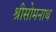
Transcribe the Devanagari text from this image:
श्रीसोमनाथ